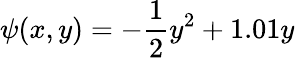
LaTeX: \psi(x,y)=-\frac{1}{2}y^{2}+1.01y